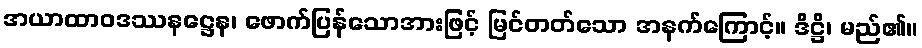
အယာထာဝဒဿနဋ္ဌေန၊ ဖောက်ပြန်သောအားဖြင့် မြင်တတ်သော အနက်ကြောင့်။ ဒိဋ္ဌိ၊ မည်၏။